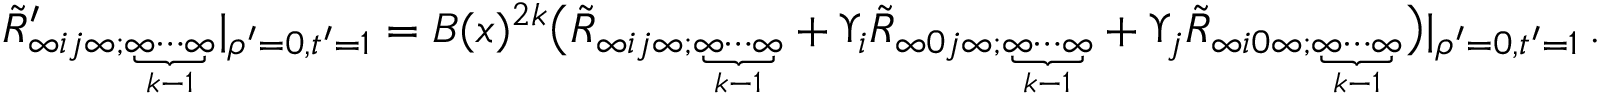
\begin{array} { r } { \tilde { R } _ { \infty i j \infty ; \underbrace { \scriptstyle \infty \cdots \infty } _ { k - 1 } } ^ { \prime } | _ { \rho ^ { \prime } = 0 , t ^ { \prime } = 1 } = { \cal B } ( x ) ^ { 2 k } \big ( \tilde { R } _ { \infty i j \infty ; \underbrace { \scriptstyle \infty \cdots \infty } _ { k - 1 } } + \Upsilon _ { i } \tilde { R } _ { \infty 0 j \infty ; \underbrace { \scriptstyle \infty \cdots \infty } _ { k - 1 } } + \Upsilon _ { j } \tilde { R } _ { \infty i 0 \infty ; \underbrace { \scriptstyle \infty \cdots \infty } _ { k - 1 } } \big ) | _ { \rho ^ { \prime } = 0 , t ^ { \prime } = 1 } \, . } \end{array}